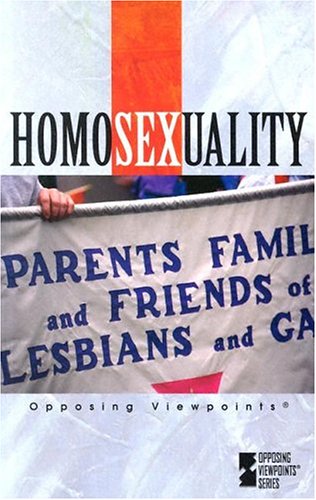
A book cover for Homosexuality (Paperback Edition) (Opposing Viewpoints); Teen & Young Adult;